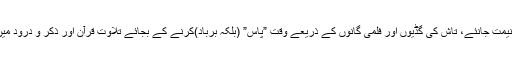
زندگی بے حد مختصَر ہے اِس کو غنیمت جانئے، تاش کی گڈّیوں اور فِلمی گانوں کے ذرِیعے وَقت ”پاس” (بلکہ برباد)کرنے کے بجائے تلاوتِ قُرآن اور ذِکر و دُرُود میں وَقت گُزارنے کی کوشِش فرمایئے۔